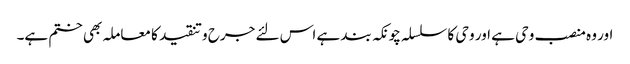
اور وہ منصب وحی ہے اور وحی کا سلسلہ چونکہ بند ہے اس لئے جرح وتنقید کا معاملہ بھی ختم ہے۔